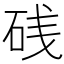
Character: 𥒎